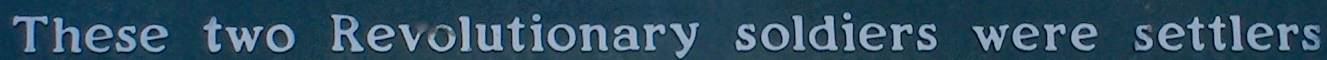
These two Revolutionary soldiers were settlers